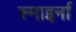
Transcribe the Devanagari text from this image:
स्माइर्ना